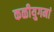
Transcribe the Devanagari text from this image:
कळीयुगमां